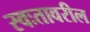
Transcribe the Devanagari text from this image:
स्वःतावरील